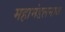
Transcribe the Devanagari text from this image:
महामंडलनाथ